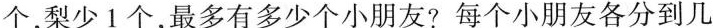
个，梨少1个，最多有多少个小朋友?每个小朋友各分到几